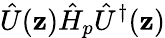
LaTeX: \hat{U}({\mathbf z})\hat{H}_{p}\hat{U}^{\dagger}({\mathbf z})